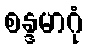
စန္ဒမာဂုံ